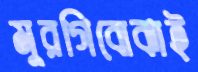
মুরগিবোঝাই